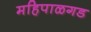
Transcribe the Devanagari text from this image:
महिपाळगड